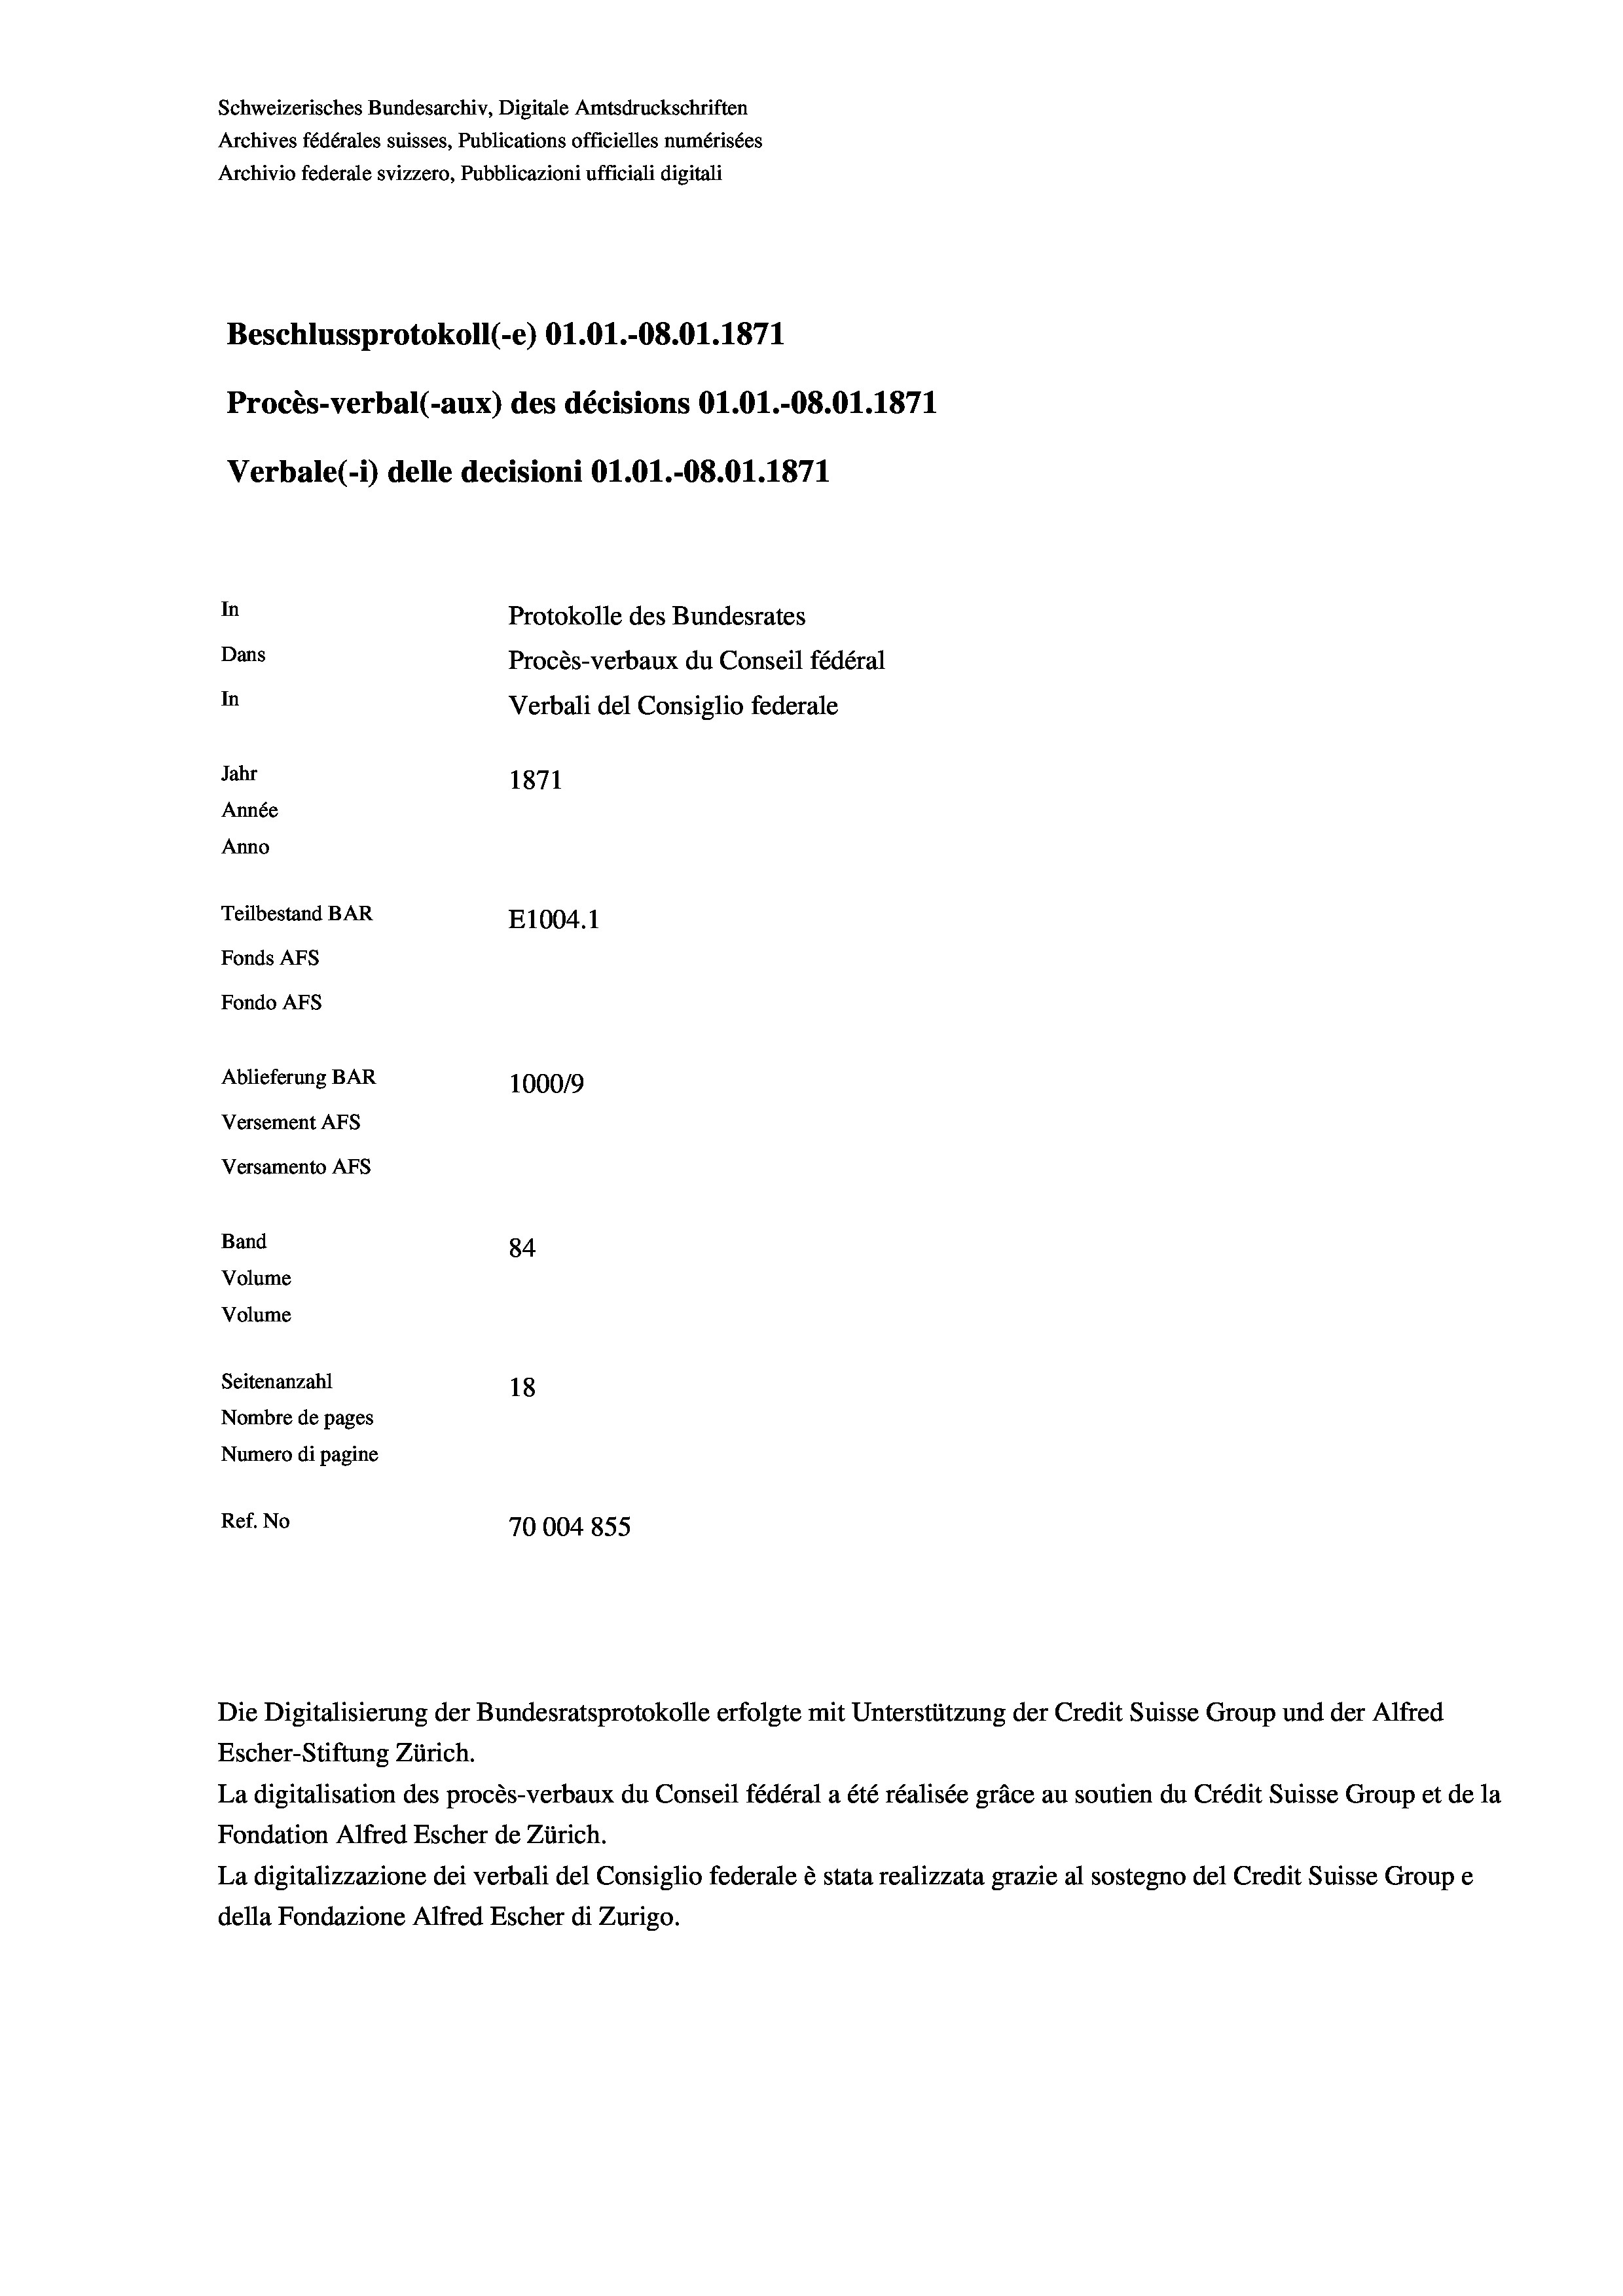
Schweizerisches Bundesarchiv, Digitale Amtsdruckschriften
Archives fédérales suisses, Publications officielles numérisées
Archivio federale svizzero, Pubblicazioni ufficiali digitali
Beschlussprotokoll (-e) O1.01.-08.01. 1871
Procès-verbal (-aux) des décisions Ol.O1.-08.01. 1871
Verbale (- 1) delle decisioni O1.O1.-O8.01. 1871
In
Protokolle des Bundesrates
Dans
Procès-verbaux du Conseil fédéral
In
Verbali del Consiglio federale
Jahr
1871
Année
Anno
Teilbestand BAR
E1004. 1
Fonds AFs
Fondo Afs
Ablieferung BAR
100019
Versement AFs
Versamento Afs
Band
84
Volume
Volume
Seitenanzahl
18

Nombre de pages
Numero di pagine
Ref. No
70004855

Escher-Stiftung Zürich.
La digitalisation des procès-verbaux du Conseil fédéral a été réalisée gräce au soutien du Crédit Suisse Group et de la
Fondation Alfred Escher de Zürich.
La digitalizzazione dei verbali del Consiglio federale è stata realizzata grazie al sostegno del Credit Suisse Groupe
della Fondazione Alfred Escher di Zurigo.

Die Digitalisierung der Bundesratsprotokolle erfolgte mit Unterstützung der Credit Suisse Group und der Alfred